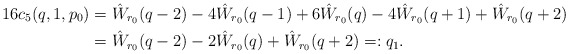
\begin{align*}16c_5(q,1,p_0) &= \hat W_{r_0}(q-2) - 4 \hat W_{r_0}(q-1) + 6\hat W_{r_0}(q) - 4\hat W_{r_0}(q+1) + \hat W_{r_0}(q+2)\\&= \hat W_{r_0}(q-2)-2\hat W_{r_0}(q)+\hat W_{r_0}(q+2) = :q_1.\end{align*}